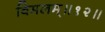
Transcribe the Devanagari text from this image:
विमलम्॥१२॥